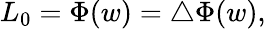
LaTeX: L_{0}=\Phi(w)=\bigtriangleup\Phi(w),